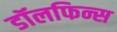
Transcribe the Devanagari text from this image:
डॉलफिन्स